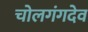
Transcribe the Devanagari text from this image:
चोलगंगदेव